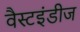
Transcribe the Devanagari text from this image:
वैस्टइंडीज